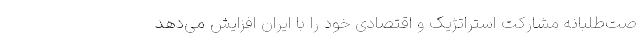
صت‌طلبانه مشارکت استراتژیک و اقتصادی خود را با ایران افزایش می‌دهد